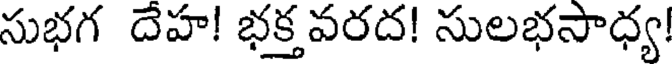
సుభగ దేహ! భక్త వరద! సులభసాధ్య!